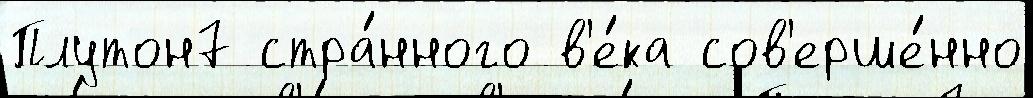
Плутон7 стра́нного в'е́ка сов'ерше́нно